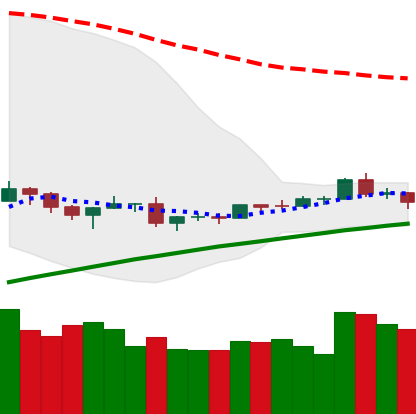
Ticker: ETH-USD
Chart end date: 2019-08-08
Forward return: -5.537%
Label: down_5_7